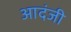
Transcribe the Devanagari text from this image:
आदंजी